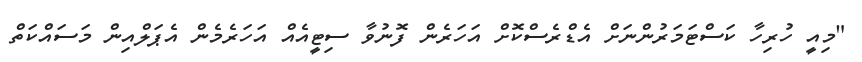
"މިއީ ހުރިހާ ކަސްޓަމަރުންނަށް އެޑްރެސްކޮށް އަހަރެން ފޮނުވާ ސިޓީއެއް އަހަރެމެން އެޕަލްއިން މަސައްކަތް